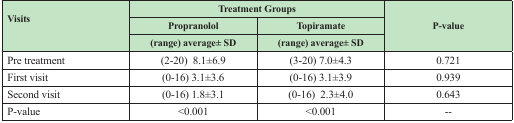
<table><thead><tr><td rowspan="3"><b>Visits</b></td><td colspan="2"><b>Treatment Groups</b></td><td rowspan="3"><b>P-value</b></td></tr><tr><td><b>Propranolol</b></td><td><b>Topiramate</b></td></tr><tr><td><b>(range) average± SD</b></td><td><b>(range) average± SD</b></td></tr></thead><tbody><tr><td>Pre treatment</td><td>(2-20) 8.1±6.9</td><td>(3-20) 7.0±4.3</td><td>0.721</td></tr><tr><td>First visit</td><td>(0-16) 3.1±3.6</td><td>(0-16) 3.1±3.9</td><td>0.939</td></tr><tr><td>Second visit</td><td>(0-16) 1.8±3.1</td><td>(0-16) 2.3±4.0</td><td>0.643</td></tr><tr><td>P-value</td><td>&lt;0.001</td><td>&lt;0.001</td><td>--</td></tr></tbody></table>